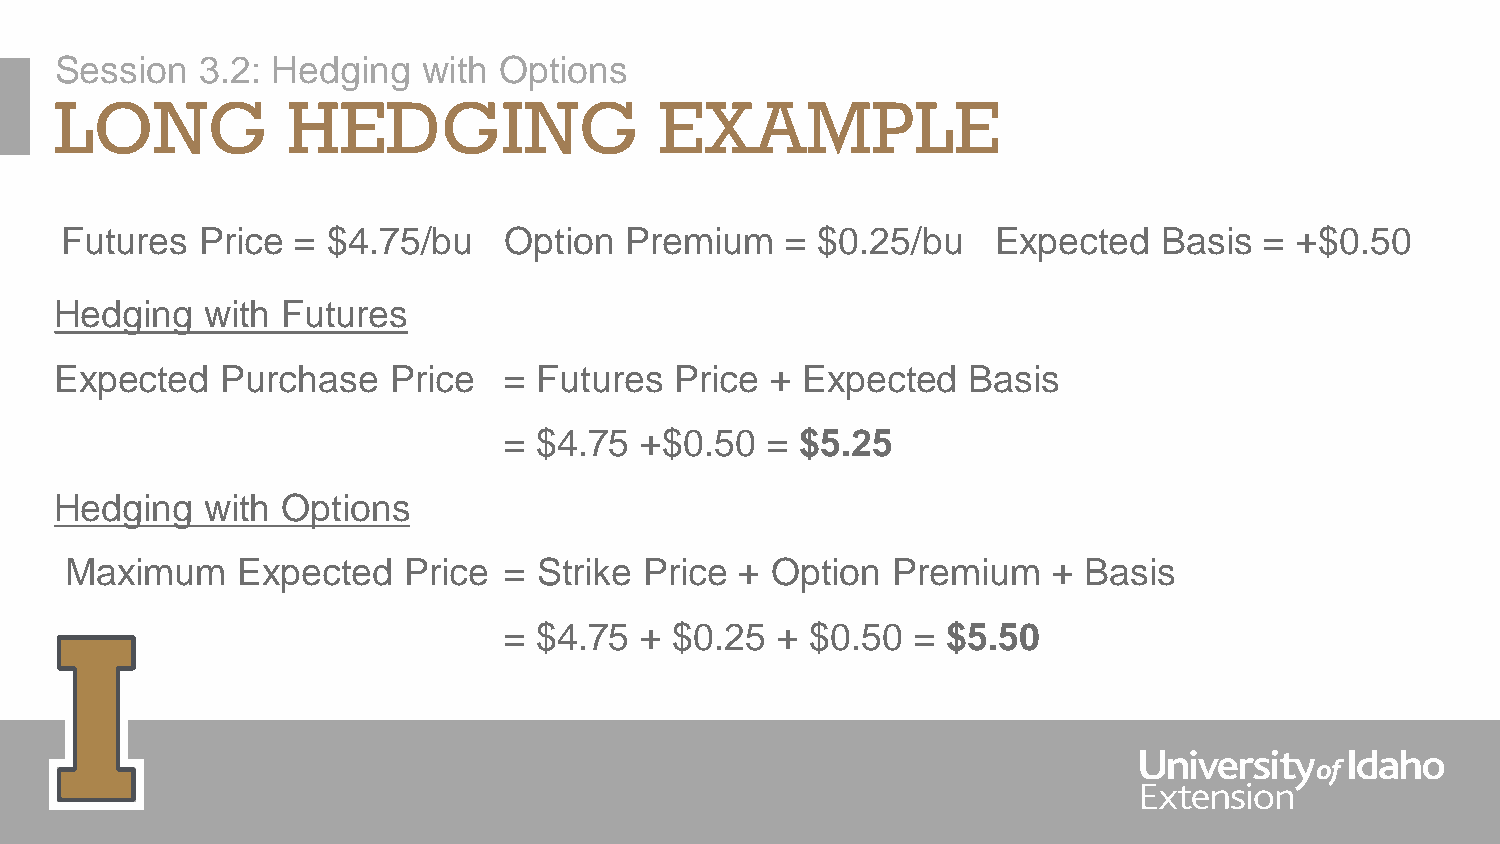
Session  3.2: Hedging   with Options
 LONG           HEDGING                  EXAMPLE
 Futures  Price  = $4.75/bu   Option  Premium    = $0.25/bu    Expected   Basis  = +$0.50
 Hedging   with Futures
 Expected   Purchase   Price  =  Futures  Price + Expected   Basis
 =  $4.75 +$0.50   = $5.25
 Hedging   with Options
 Maximum     Expected   Price =  Strike Price + Option  Premium    + Basis
 =  $4.75 +  $0.25 +  $0.50 =  $5.50